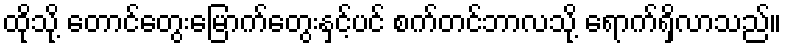
ထိုသို့ တောင်တွေးမြောက်တွေးနှင့်ပင် စက်တင်ဘာလသို့ ရောက်ရှိလာသည်။